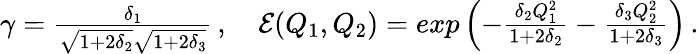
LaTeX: \begin{array}{r}{\gamma=\frac{\delta_{1}}{\sqrt{1+2\delta_{2}}\sqrt{1+2\delta_{3}}}\, ,\quad{\mathcal{E}}(Q_{1},Q_{2})=exp\left(-\frac{\delta_{2}Q_{1}^{2}}{1+2\delta_{2}}-\frac{\delta_{3}Q_{2}^{2}}{1+2\delta_{3}}\right)\, .}\end{array}